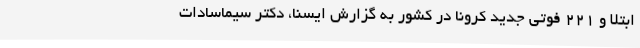
ابتلا و 221 فوتی جدید کرونا در کشور به گزارش ایسنا، دکتر سیماسادات